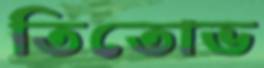
তিতোভ